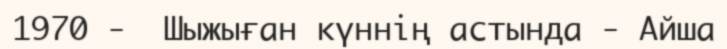
1970 -  Шыжыған күннің астында - Айша